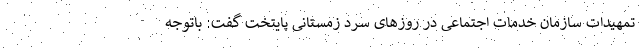
تمهیدات سازمان خدمات اجتماعی در روزهای سرد زمستانی پایتخت گفت: باتوجه